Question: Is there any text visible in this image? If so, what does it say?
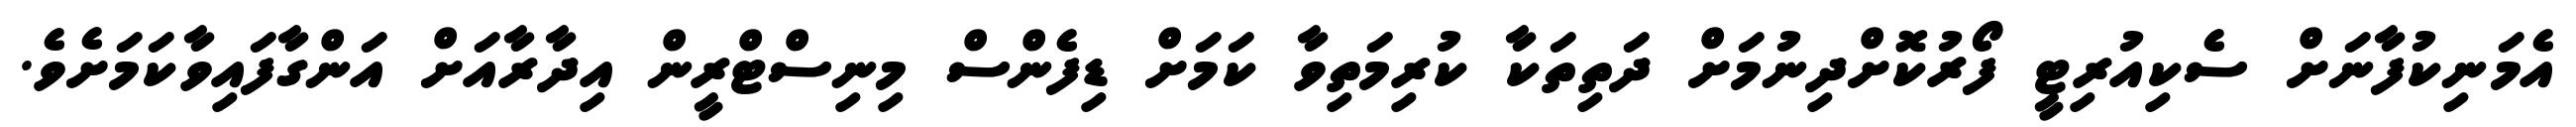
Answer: އެމަނިކުފާނަށް ސެކިއުރިޓީ ފޯރުކޮށްދިނުމަށް ދަތިތަކާ ކުރިމަތިވާ ކަމަށް ޑިފެންސް މިނިސްޓްރީން އިދާރާއަށް އަންގާފައިވާކަމަށެވެ.